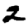
Digit: 2